Madras plague regulations in force outside the Presidency town - Volume 3
Disease focus: Plague
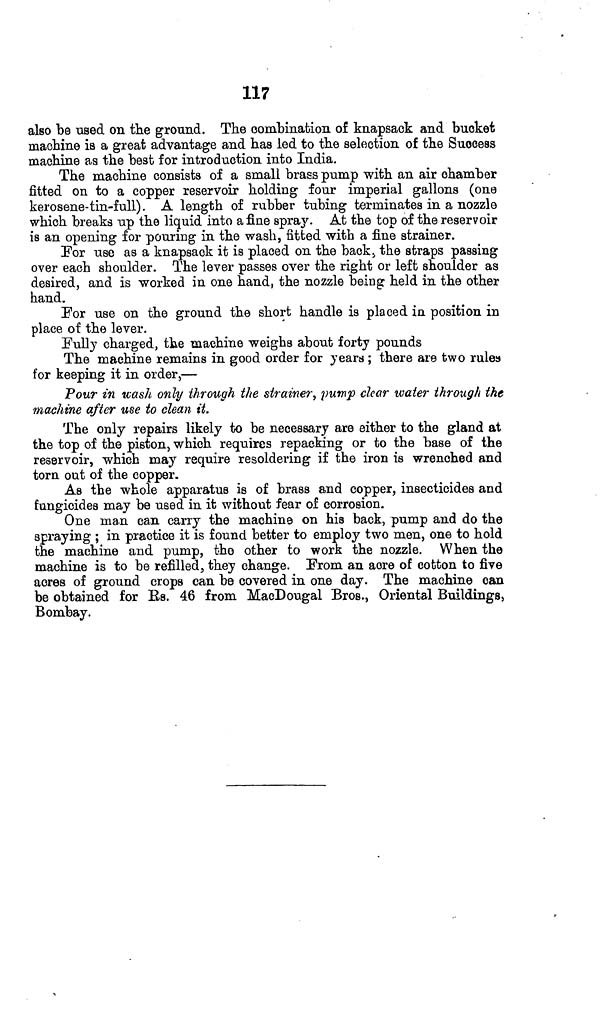
117
also be used on the ground. The combination of knapsack and bucket
machine is a great advantage and has led to the selection of the Success
machine as the best for introduction into India.
The machine consists of a small brass pump with an air chamber
fitted on to a copper reservoir holding four imperial gallons (one
kerosene-tin-full). A length of rubber tubing terminates in a nozzle
which breaks up the liquid into afine spray. At the top of the reservoir
is an opening for pouring in the wash, fitted with a fine strainer.
For use as a knapsack it is placed on the back, the straps passing
over each shoulder. The lever passes over the right or left shoulder as
desired, and is worked in one hand, the nozzle being held in the other
hand.
For use on the ground the short handle is placed in position in
place of the lever.
Fully charged, the machine weighs about forty pounds
The machine remains in good order for years ; there are two rules
for keeping it in order,—
Pour in wash only through the strainer, pump clear water through the
machine after use to clean it.
The only repairs likely to be necessary are either to the gland at
the top of the piston, which requires repacking or to the base of the
reservoir, which may require resoldering if the iron is wrenched and
torn out of the copper.
As the whole apparatus is of brass and copper, insecticides and
fungicides may be used in it without fear of corrosion.
One man can carry the machine on his back, pump and do the
spraying ; in practice it is found better to employ two men, one to hold
the machine and pump, the other to work the nozzle. When the
machine is to be refilled, they change. From an acre of cotton to five
acres of ground crops can be covered in one day. The machine can
be obtained for Rs. 46 from MacDougal Bros., Oriental Buildings,
Bombay.